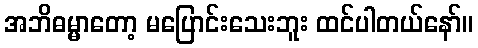
အဘိဓမ္မာတော့ မပြောင်းသေးဘူး ထင်ပါတယ်နော်။